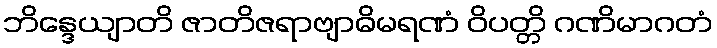
ဘိန္ဒေယျာတိ ဇာတိဇရာဗျာဓိမရဏံ ဝိပတ္တိ ဂဏိမာဂတံ